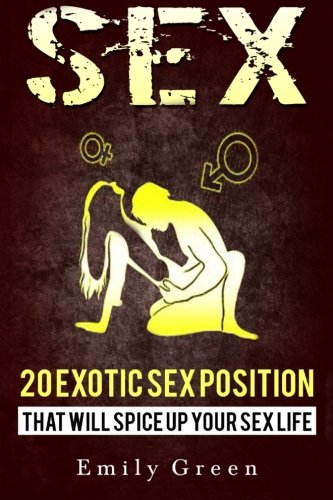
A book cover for Sex Positions: Bundle Of 20 Exotic Sex Positions + Exotic Tantric Massage Techniques + FREE GIFT INSIDE (Sex Positions, Tantric Massage) (Volume 1); Emily Green; Religion & Spirituality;